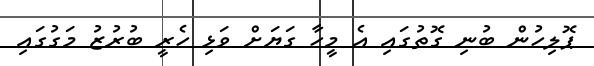
ޕޮލިހުން ބުނި ގޮތުގައި އެ މީހާ ގަޔަށް ވަޅި ހެރީ ބުރުޒު މަގުގައި